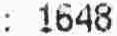
: 1648